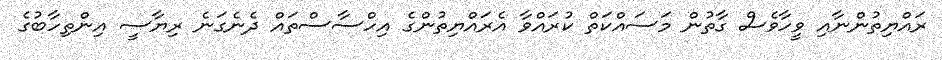
ރައްޔިތުންނާއި ވީހާވެސް ގާތުން މަސައްކަތް ކުރައްވާ އެރައްޔިތުންގެ އިހްސާސްތައް ދެނެގަނެ ރިޔާސީ އިންތިހާބުގެ